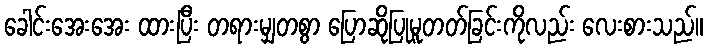
ခေါင်းအေးအေး ထားပြီး တရားမျှတစွာ ပြောဆိုပြုမူတတ်ခြင်းကိုလည်း လေးစားသည်။